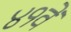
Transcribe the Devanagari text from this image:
४१वें